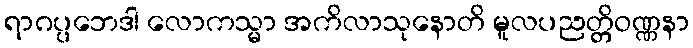
ရာဂပ္ပဘေဒါ လောကသ္မာ အကိလာသုနောတိ မူလပညတ္တိဝဏ္ဏနာ